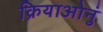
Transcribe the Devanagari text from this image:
क्रियाओनुं